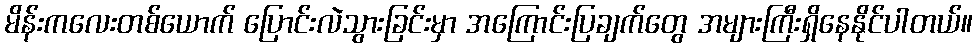
မိန်းကလေးတစ်ယောက် ပြောင်းလဲသွားခြင်းမှာ အကြောင်းပြချက်တွေ အများကြီးရှိနေနိုင်ပါတယ်။